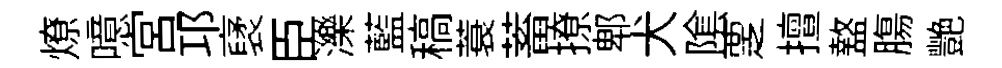
燎噫宮邛裦臣濼藍稿蓑蓄撩郫犬隂覂擅盩膓艷